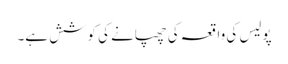
پولیس کی واقعہ کی چھپانے کی کوشش ہے۔